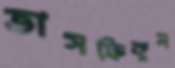
তাসফিকুল